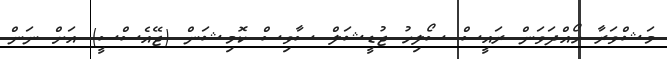
މަޝްވަރާ ހޯއްދަވަން ރައީސް ސޯލިހު ޖުޑީޝަލް ސާވިސް ކޮމިޝަން (ޖޭއެސްސީ) އަށް ނަން